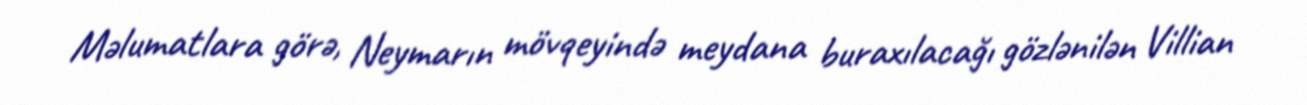
Məlumatlara görə, Neymarın mövqeyində meydana buraxılacağı gözlənilən Villian